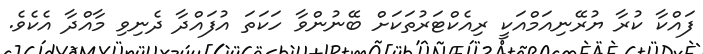
ފައްކާ ކުރާ ޔުރޭނިއަމްއަކީ ރިއެކްޓަރުތަކަށް ބޭނުންވާ ހަކަތަ އުފައްދާ ދެނިވި މާއްދާ އެކެވެ.